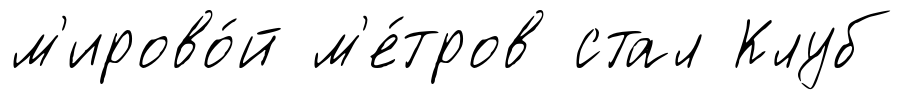
м'ирово́й м'е́тров стал Клуб